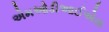
એમઓડીઆઈએસ